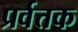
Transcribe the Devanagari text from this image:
प्रर्वत्तक